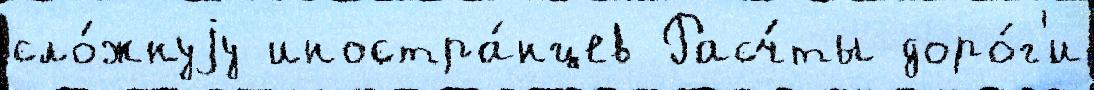
сло́жнуjу иностра́нцев Расч́ты доро́г'и